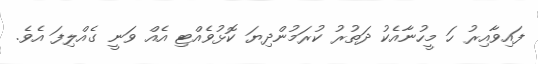
ފައިވާއިރު ހަ މީހުނާއެކު ދަތުރު ކުރަމުންދިޔަ ކޮޅުވެއްޓި އެއް ވަނީ ގެއްލިފަ އެވެ.